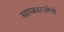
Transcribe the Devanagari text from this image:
साजसज्जेचे